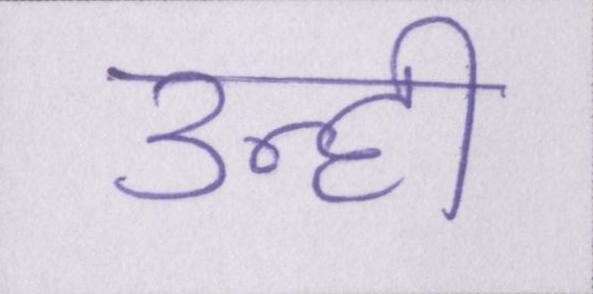
उन्ही